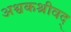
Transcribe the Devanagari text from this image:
अश्वकश्रीवद्‌